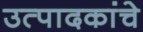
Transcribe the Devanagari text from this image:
उत्पादकांचे